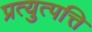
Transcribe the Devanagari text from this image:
प्रत्युत्पत्ति